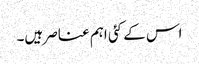
اس کے کئی اہم عناصر ہیں۔